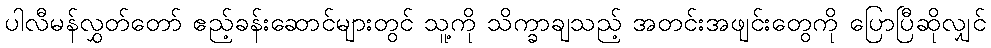
ပါလီမန်လွှတ်တော် ဧည့်ခန်းဆောင်များတွင် သူ့ကို သိက္ခာချသည့် အတင်းအဖျင်းတွေကို ပြောပြီဆိုလျှင်